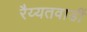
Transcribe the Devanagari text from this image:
रैय्यतवाडीं